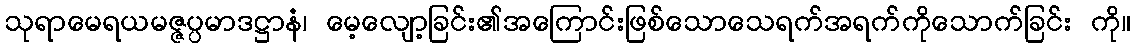
သုရာမေရယမဇ္ဇပ္ပမာဒဋ္ဌာနံ၊ မေ့လျော့ခြင်း၏အကြောင်းဖြစ်သောသေရက်အရက်ကိုသောက်ခြင်း ကို။